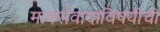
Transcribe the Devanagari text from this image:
मार्क्सवादाविषयीची